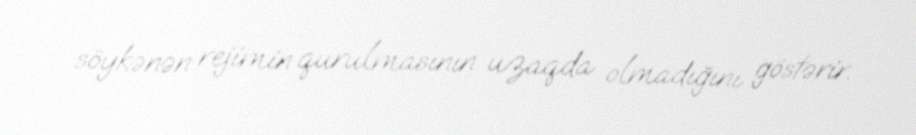
söykənən rejimin qurulmasının uzaqda olmadığını göstərir.